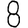
Digit: 8